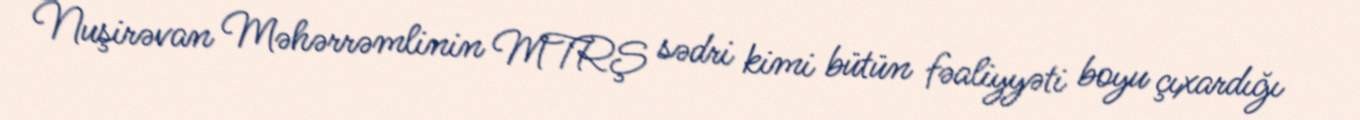
Nuşirəvan Məhərrəmlinin MTRŞ sədri kimi bütün fəaliyyəti boyu çıxardığı